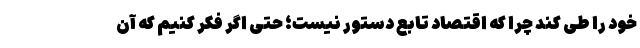
خود را طی کند چرا که اقتصاد تابع دستور نیست؛ حتی اگر فکر کنیم که آن